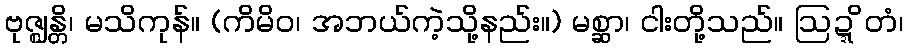
ဗုဇ္ဈန္တိ၊ မသိကုန်။ (ကိမိဝ၊ အဘယ်ကဲ့သို့နည်း။) မစ္ဆာ၊ ငါးတို့သည်။ ဩဍ္ဍိတံ၊